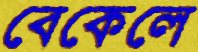
বেকেলে